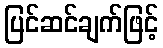
ပြင်ဆင်ချက်ဖြင့်